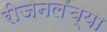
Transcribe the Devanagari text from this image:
रीजनलच्या